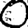
Digit: 0